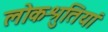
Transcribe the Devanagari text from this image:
लोकश्रुतियां